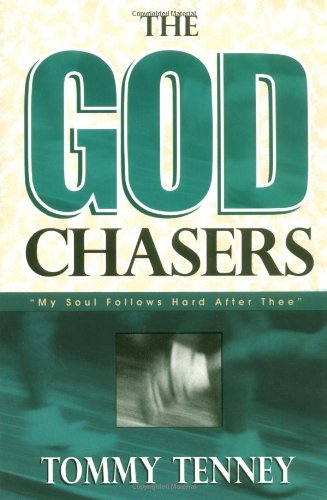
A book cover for The God Chasers: My Soul Follows Hard After Thee; Tommy Tenney; Christian Books & Bibles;